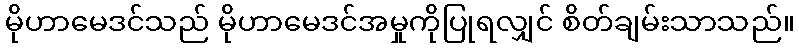
မိုဟာမေဒင်သည် မိုဟာမေဒင်အမှုကိုပြုရလျှင် စိတ်ချမ်းသာသည်။